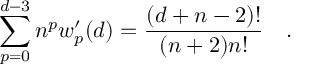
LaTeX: \sum _ { p = 0 } ^ { d - 3 } n ^ { p } w _ { p } ^ { \prime } ( d ) = { \frac { ( d + n - 2 ) ! } { ( n + 2 ) n ! } } ~ ~ ~ .